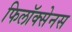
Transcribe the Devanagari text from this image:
फिलॉक्सेनस